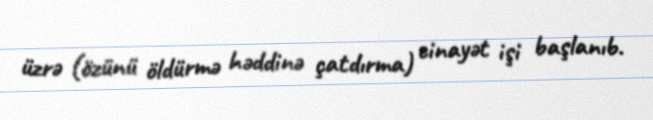
üzrə (özünü öldürmə həddinə çatdırma) cinayət işi başlanıb.